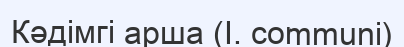
Кәдімгі арша (І. communі)